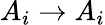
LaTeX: A_{i}\to A_{i}